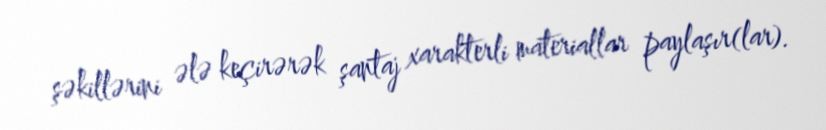
şəkillərini ələ keçirərək şantaj xarakterli materiallar paylaşır(lar).